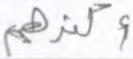
أكثرهم